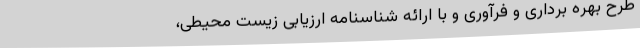
طرح بهره برداری و فرآوری و با ارائه شناسنامه ارزیابی زیست محیطی،